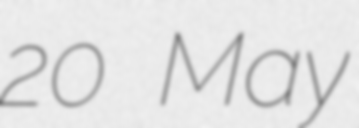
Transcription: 20 May